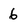
Character: 6